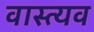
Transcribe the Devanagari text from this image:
वास्त्यव